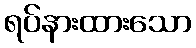
ရပ်နားထားသော